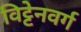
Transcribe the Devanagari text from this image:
विट्टेनवर्ग